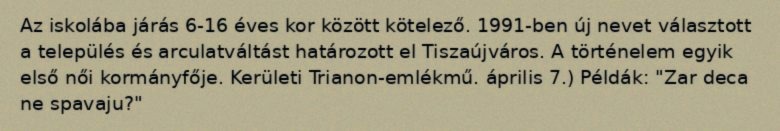
Az iskolába járás 6-16 éves kor között kötelező. 1991-ben új nevet választott a település és arculatváltást határozott el Tiszaújváros. A történelem egyik első női kormányfője. Kerületi Trianon-emlékmű. április 7.) Példák: "Zar deca ne spavaju?"